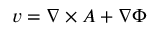
\boldsymbol { v } = \nabla \times \boldsymbol { A } + \nabla \Phi